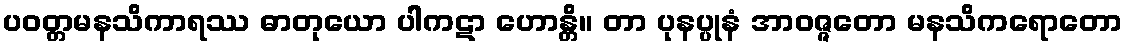
ပဝတ္တမနသိကာရဿ ဓာတုယော ပါကဋာ ဟောန္တိ။ တာ ပုနပ္ပုနံ အာဝဇ္ဇတော မနသိကရောတော